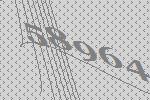
58964